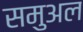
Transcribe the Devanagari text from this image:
समुअल